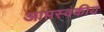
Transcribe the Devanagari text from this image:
आप्तस्वकीय